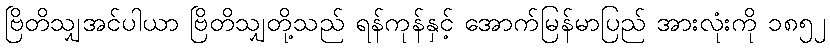
ဗြိတိသျှအင်ပါယာ ဗြိတိသျှတို့သည် ရန်ကုန်နှင့် အောက်မြန်မာပြည် အားလုံးကို ၁၈၅၂